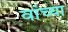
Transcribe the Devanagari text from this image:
वांच्या